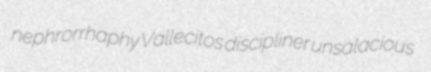
nephrorrhaphy Vallecitos discipliner unsalacious